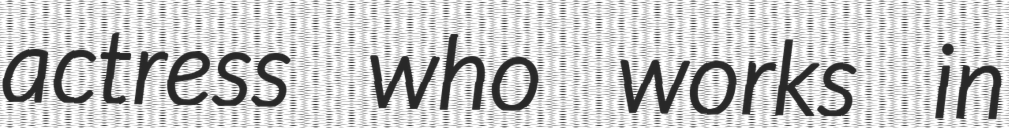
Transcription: actress who works in